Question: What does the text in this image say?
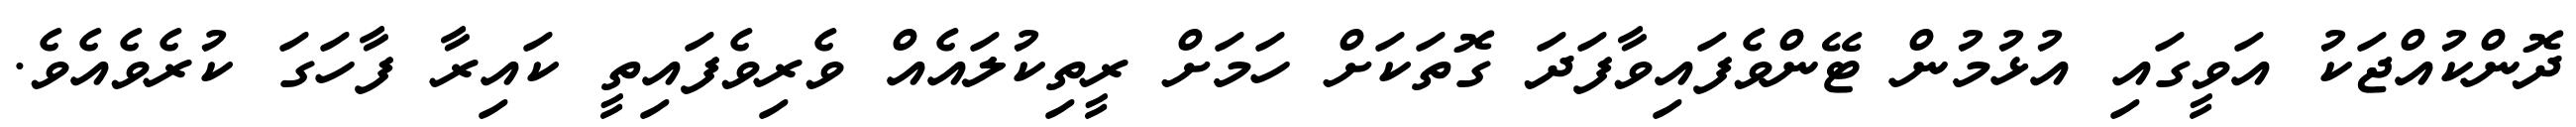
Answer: ދޮންކުއްޖަކު އަވީގައި އުޅުމުން ޓޭންވެފައިވާފަދަ ގޮތަކަށް ހަމަށް ރީތިކުލައެއް ވެރިވެފައިތީ ކައިރާ ފާހަގަ ކުރެވެއެވެ.